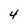
Character: 4